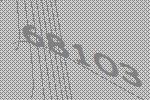
68103